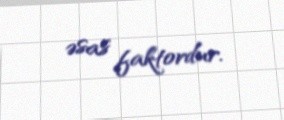
əsas faktordur.